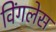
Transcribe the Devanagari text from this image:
विंगलेस